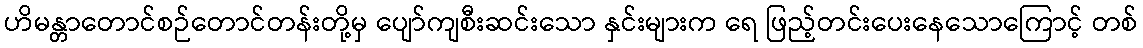
ဟိမန္တာတောင်စဉ်တောင်တန်းတို့မှ ပျော်ကျစီးဆင်းသော နှင်းများက ရေ ဖြည့်တင်းပေးနေသောကြောင့် တစ်